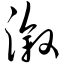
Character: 溆